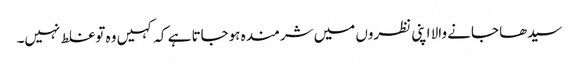
سیدھا جانے والا اپنی نظروں میں شرمندہ ہوجاتا ہے کہ کہیں وہ توغلط نہیں۔